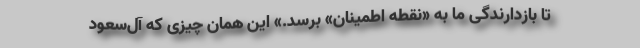
تا بازدارندگی ما به «نقطه اطمینان» برسد.» این همان چیزی که آل‌سعود